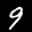
Label: 9